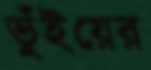
ভুঁইয়ের